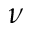
\nu